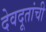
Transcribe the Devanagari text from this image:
देवदूतांची